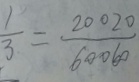
\frac { 1 } { 3 } = \frac { 2 0 0 2 0 } { 6 0 0 6 0 }